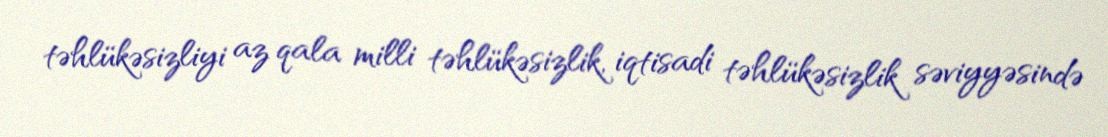
təhlükəsizliyi az qala milli təhlükəsizlik, iqtisadi təhlükəsizlik səviyyəsində